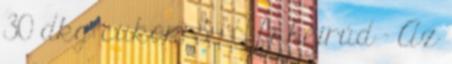
30 dkg cukor, 3 - 4 fahéjrúd - Az